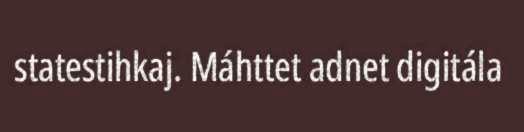
statestihkaj. Máhttet adnet digitála